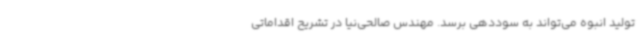
تولید انبوه می‌تواند به سوددهی برسد. مهندس صالحی‌نیا در تشریح اقداماتی